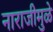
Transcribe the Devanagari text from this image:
नाराजीमुळे